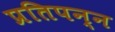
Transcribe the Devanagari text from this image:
प्रतिपन्न